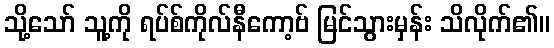
သို့သော် သူ့ကို ရပ်စ်ကိုလ်နီကော့ဗ် မြင်သွားမှန်း သိလိုက်၏။